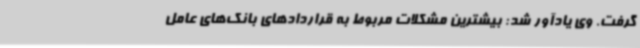
گرفت. وی یادآور شد: بیشترین مشکلات مربوط به قراردادهای بانک‌های عامل